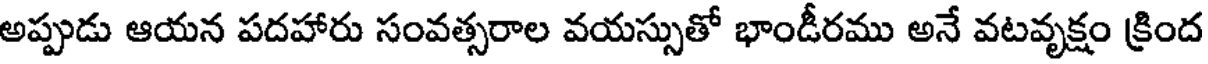
అప్పుడు ఆయన పదహారు సంవత్సరాల వయస్సుతో భాండీరము అనే వటవృక్షం క్రింద